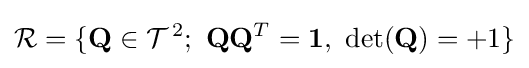
{\mathcal {R}}=\{\mathbf {Q} \in {{\mathcal {T}}^{\,2}};\ \mathbf {Q} {{\mathbf {Q} }^{T}}=\mathbf {1} ,\ \det(\mathbf {Q} )=+1\}